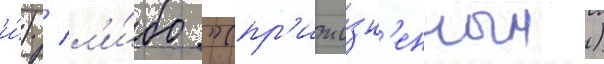
и́) / л'и́бо "(пр'ижи́зн'енным)